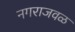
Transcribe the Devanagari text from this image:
नगराजवळ